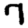
Digit: 7